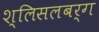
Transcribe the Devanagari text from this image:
श्लिसलबर्ग